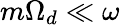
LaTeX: m\Omega_{d}\ll\omega